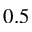
0 . 5